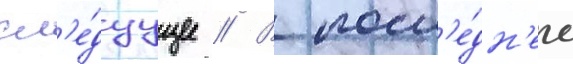
сл'е́дуущее // В посл'е́дн'ее